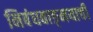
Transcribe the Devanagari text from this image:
निबंधवाङ्‌मयाची